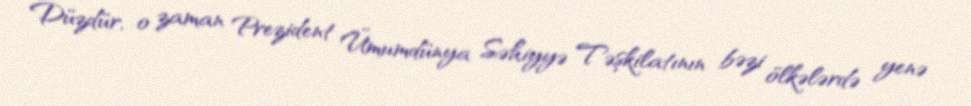
Düzdür, o zaman Prezident Ümumdünya Səhiyyə Təşkilatının bəzi ölkələrdə yenə